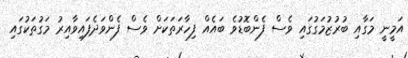
އަމީނީ މަގާއި ބުރުޒުމަގުގައި ވެސް ފެންބޮޑުވެ ބައެއް ފިހާރަތަކަށް ވެސް ފެންވަދެފައިވާއިރު މަގުތަކުގައި